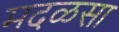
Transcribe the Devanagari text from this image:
मदळसा